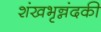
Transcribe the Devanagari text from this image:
शंखभृन्नंदकी